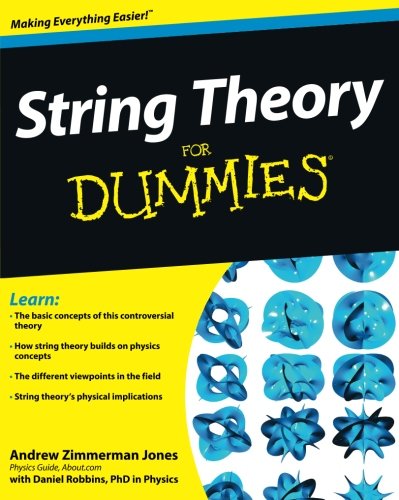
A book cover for String Theory For Dummies; Andrew Zimmerman Jones; Science & Math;